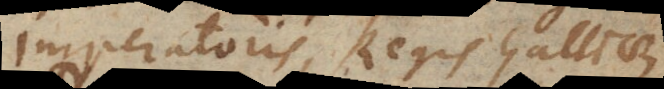
Imperatoris, Regis Galliae,